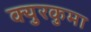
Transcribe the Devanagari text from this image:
क्युरकुमा